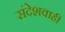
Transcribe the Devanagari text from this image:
संदेशवाही